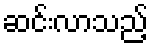
ဆင်းလာသည့်